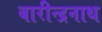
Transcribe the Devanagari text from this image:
बारीन्द्रनाथ